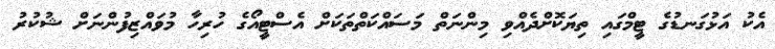
އެކު އަޅުގަނޑުގެ ޓީމްގައި ތިޔަކޮށްދެއްވި މިންނަތް މަސައްކަތްތަކަށް އެސްޓީއޯގެ ހުރިހާ މުވައްޒިފުންނަށް ޝުކުރު